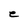
Character: e